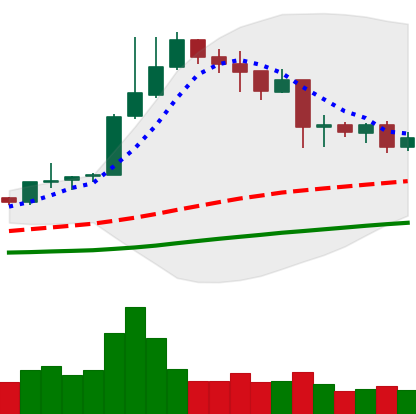
Ticker: NEO-USD
Chart end date: 2019-04-16
Forward return: -3.786%
Label: down_3_5